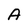
Character: A